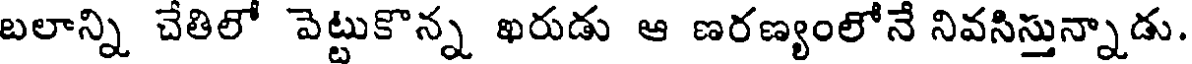
బలాన్ని చేతిలో వెట్టుకొన్న ఖరుడు ఆ ణరణ్యంలోనే నివసిస్తున్నాడు.